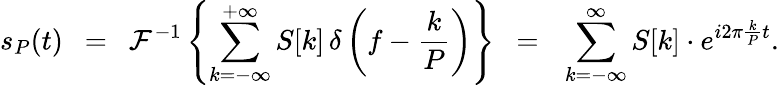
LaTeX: s_{P}(t)\ \ =\ \ {\mathcal{F}}^{-1}\left\{ \sum_{k=-\infty}^{+\infty}S[k]\, \delta\left(f-{\frac{k}{P}}\right)\right\} \ \ =\ \ \sum_{k=-\infty}^{\infty}S[k]\cdot e^{i2\pi{\frac{k}{P}}t}.